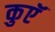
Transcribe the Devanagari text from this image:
कुएॅ